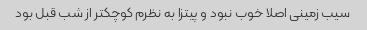
سیب زمینی اصلا خوب نبود و پیتزا به نظرم کوچکتر از شب قبل بود